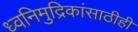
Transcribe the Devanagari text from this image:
ध्वनिमुद्रिकांसाठीही